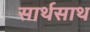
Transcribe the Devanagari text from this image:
सार्थसाथ